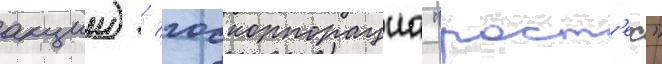
акции) / госкорпорациа "рост'ех"